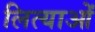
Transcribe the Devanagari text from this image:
लित्याओं